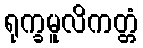
ရုက္ခမူလိကတ္တံ